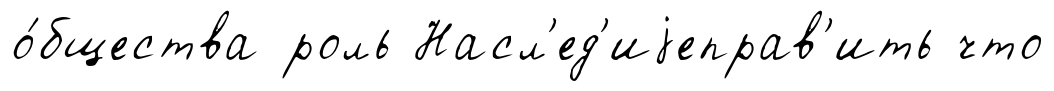
о́бщества роль Насл'ед'иjеправ'ить что